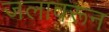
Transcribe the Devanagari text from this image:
जलावरून